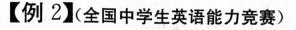
【例 2】全国中学生英语能力竞赛)